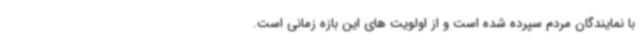
با نمایندگان مردم سپرده شده است و از اولویت های این بازه زمانی است.